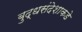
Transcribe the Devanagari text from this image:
बुद्धसंदेशाकडे